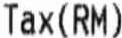
TAX(RM)